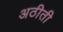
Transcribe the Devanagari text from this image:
अठीती